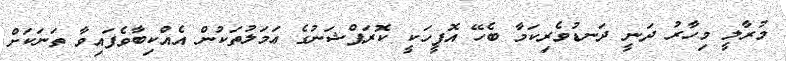
މުރާލީ މިހާރު ދަނީ ދަނޑުވެރިކަމާ ބެހޭ އޮފީހަކީ ކޮރަޕްޝަނުގެ ޢަމަލުތަކުން އެއްކިބާވެފައިވާ ތަނަކަށް